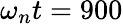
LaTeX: \omega_{n}t=900